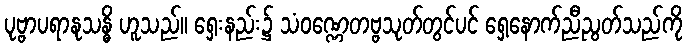
ပုဗ္ဗာပရာနုသန္ဓိ ဟူသည်။ ရှေးနည်း၌ သံဝဏ္ဏေတဗ္ဗသုတ်တွင်ပင် ရှေ့နောက်ညီညွတ်သည်ကို